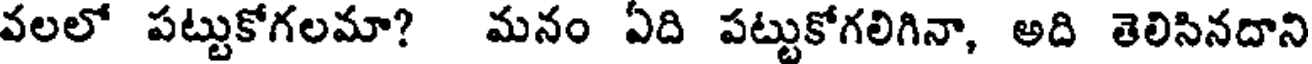
వలలో పట్టుకోగలమా? మనం ఏది పట్టుకోగలిగినా, అది తెలిసినదాని